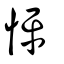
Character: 怦